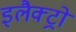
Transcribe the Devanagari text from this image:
इलैक्ट्रो